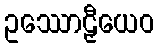
ဥဿောဠှီယေဝ